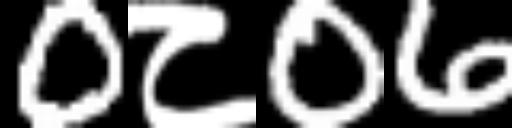
Text: 0८06